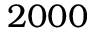
2 0 0 0